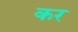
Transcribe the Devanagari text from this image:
कर